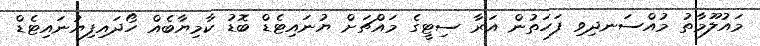
މައުލޫމާތު މުއްސަނދިވި ފަހަތުން އަރާ ސިޓީގެ މައްޗަށް ޔުނައިޓެޑް ބޮޑު ކާމިޔާބެއް ހޯދައިފިޔުނައިޓެޑް